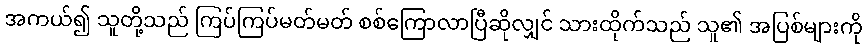
အကယ်၍ သူတို့သည် ကြပ်ကြပ်မတ်မတ် စစ်ကြောလာပြီဆိုလျှင် သားထိုက်သည် သူ၏ အပြစ်များကို